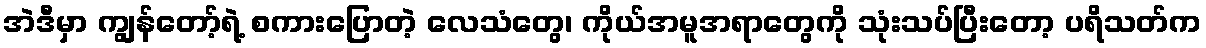
အဲဒီမှာ ကျွန်တော့်ရဲ့ စကားပြောတဲ့ လေသံတွေ၊ ကိုယ်အမူအရာတွေကို သုံးသပ်ပြီးတော့ ပရိသတ်က